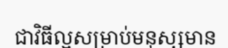
ជាវិធីល្អសម្រាប់មនុស្សមាន